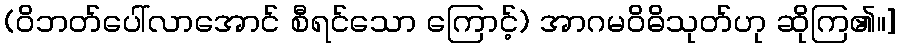
(ဝိဘတ်ပေါ်လာအောင် စီရင်သော ကြောင့်) အာဂမဝိဓိသုတ်ဟု ဆိုကြ၏။]